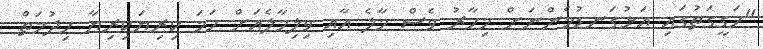
"ހަގީގަތުގައި އަޅުގަނޑުމެންނަށް މިހާރު ވެސް މާލެ އާއި ވިލިމާލެއަށް ހަމަ ކިރިޔަކިރިޔާ ހިދުމަތް